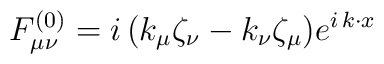
F^{(0)}_{\mu\nu}=i\,(k_\mu\zeta_\nu-k_\nu\zeta_\mu) e^{i\,k\cdot x}